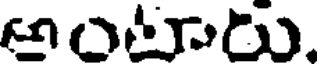
అంటారు.